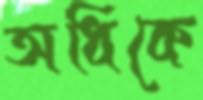
অধিকে